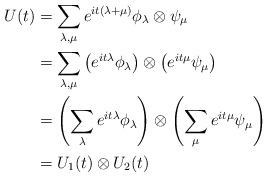
LaTeX: \begin{align*}U(t) &= \sum_{\lambda,\mu}e^{it(\lambda+\mu)}\phi_\lambda\otimes \psi_\mu \\&= \sum_{\lambda,\mu} \left(e^{it\lambda}\phi_\lambda\right)\otimes \left(e^{it\mu}\psi_\mu\right)\\&= \left(\sum_\lambda e^{it\lambda}\phi_\lambda\right)\otimes\left(\sum_\mu e^{it\mu}\psi_\mu\right)\\&= U_1(t) \otimes U_2(t)\end{align*}